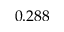
0 . 2 8 8